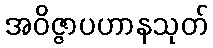
အဝိဇ္ဇာပဟာနသုတ်